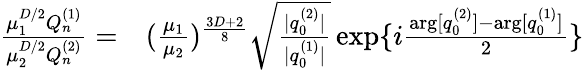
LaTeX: \begin{array}{rl}{\frac{\mu_{1}^{D/2}Q_{n}^{(1)}}{\mu_{2}^{D/2}Q_{n}^{(2)}}=}&{{}(\frac{\mu_{1}}{\mu_{2}})^{\frac{3D+2}{8}}\sqrt{\frac{|q_{0}^{(2)}|}{|q_{0}^{(1)}|}}\exp\{ i\frac{\arg[q_{0}^{(2)}]-\arg[q_{0}^{(1)}]}{2}\} }\end{array}